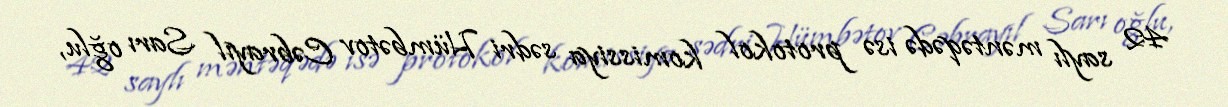
42 saylı məntəqədə isə protokol komissiya sədri Hümbətov Cəbrayıl Sarı oğlu,